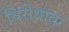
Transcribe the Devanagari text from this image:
विरोधांवर